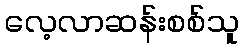
လေ့လာဆန်းစစ်သူ